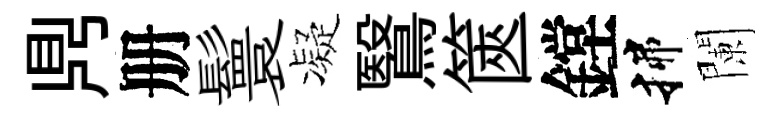
𪔂册鬟凝鷖篋鏜揲闌